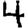
Digit: 4